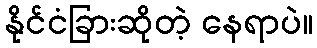
နိုင်ငံခြားဆိုတဲ့ နေရာပဲ။